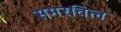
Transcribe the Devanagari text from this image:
समरविल